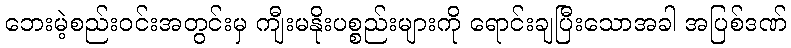
ဘေးမဲ့စည်းဝင်းအတွင်းမှ ကျီးမနိုးပစ္စည်းများကို ရောင်းချပြီးသောအခါ အပြစ်ဒဏ်